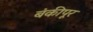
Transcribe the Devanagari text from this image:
बंकीपूर